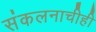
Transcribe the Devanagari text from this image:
संकलनाचीही